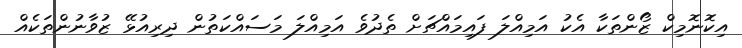
އިކޮނޮމިކް ޒޯންތަކާ އެކު އަމިއްލަ ފައިމައްޗަށް ތެދުވެ އަމިއްލަ މަސައްކަތުން ދިރިއުޅޭ ޒުވާނުންތަކެއް